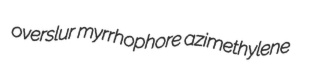
overslur myrrhophore azimethylene